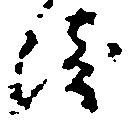
崎